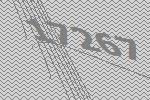
17267